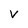
Character: v